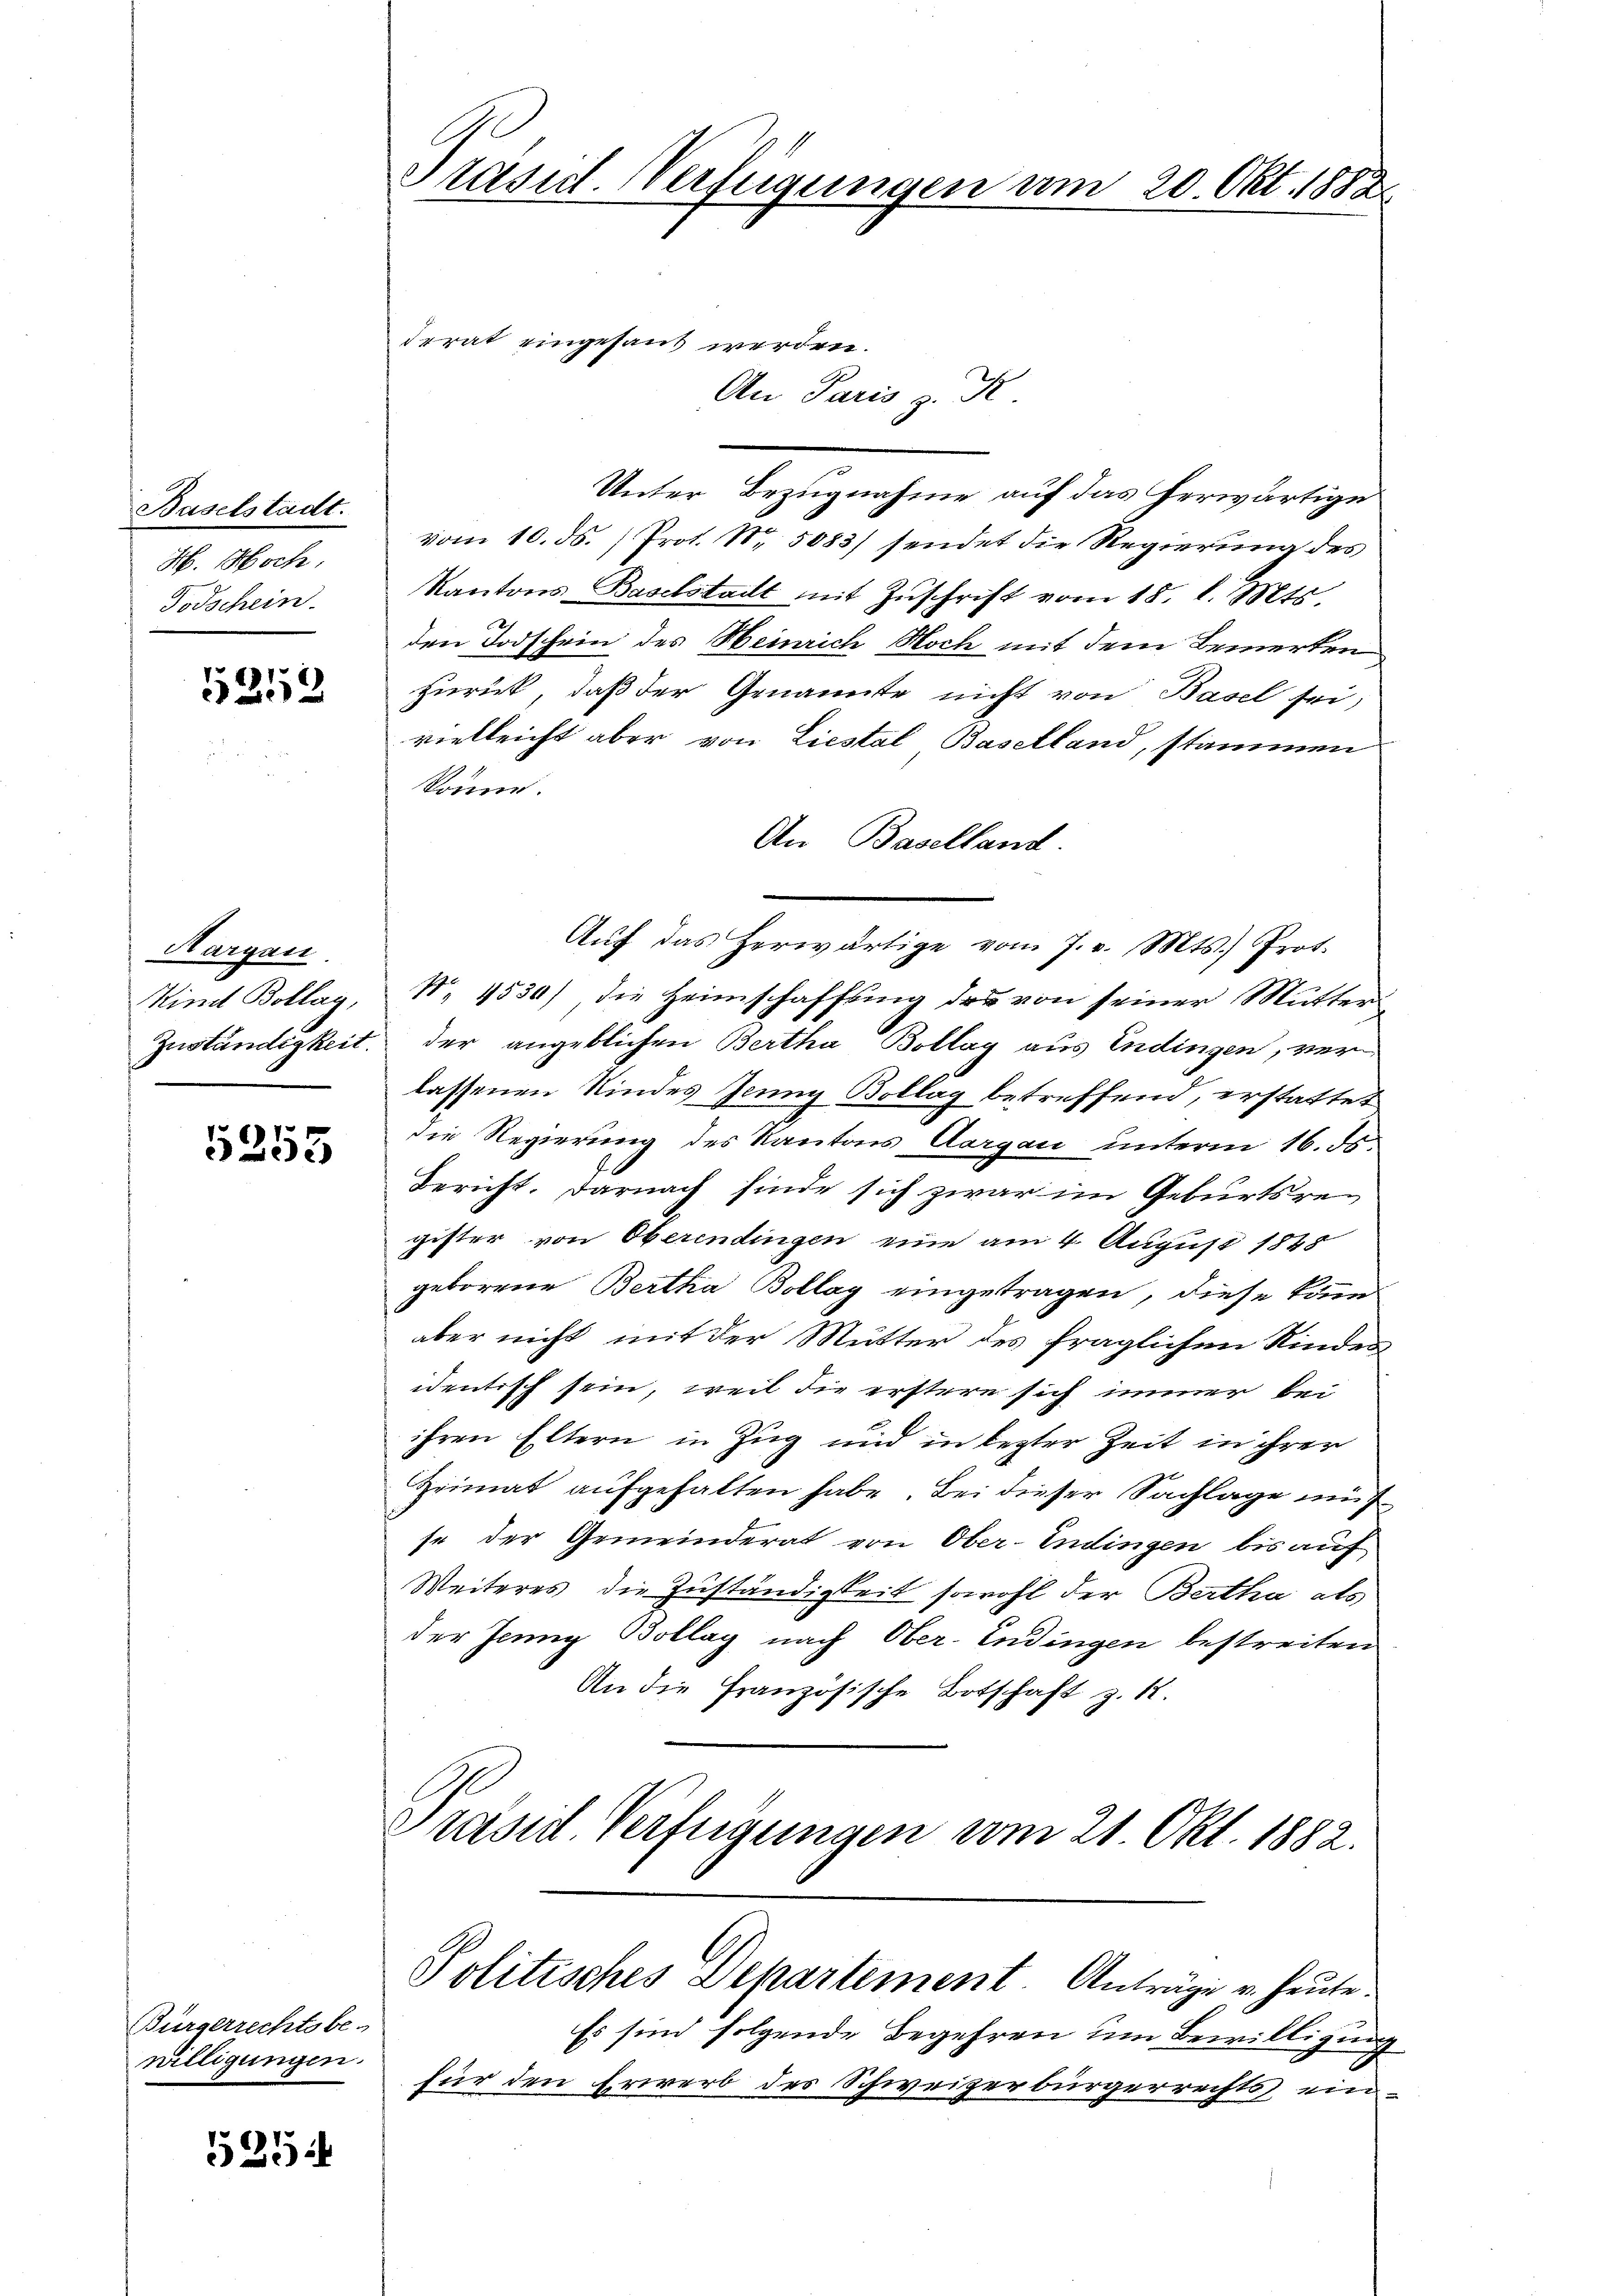
Baselstadt.
H. Hoch
Todschein

5353

Margau.

5355

Bürgerrechtsbe-
willigungen.

525

Irrat eingesant werden.
An Paris z. R
Unter Bezugnahme auf das herwärtige
vom 10. ds. Prot. Nr. 5083/ sendet die Regierung des
Kantons Baselstadt mit Zuschrift vom 18. l. Mts.
den Todschein des Heinrich Noch mit dem Bemerken
zurück, daß der Genannte nicht von Basel sei,
vielleicht aber von Liestal, Baselland, stammen
könne.
An Baselland.
Aŭf das herwärtige vom 7. v. Mts.) Prot.
Kind Bollag, No 1530) die Heimschaffung des von seiner Mutter
Zuständigkeit der angeblichen Bertha Bollag aus Endingen, verlassenen Kindes Jenny Bollag betreffend, erstattet
die Regierung des Kantons Aargau unterm 16. ds.
Bericht. Darnach finde sich zwar im Geburtsrei
gister von Oberendingen eine am 4. August 1848
geborene Bertha Bollag eingetragen, diese könn
aber nicht mit der Mutter des fraglichen Kinder
identisch sein, weil die erstere sich immer bei
ihren Eltern in Zug und in lezter Zeit in ihrer
Heimat aufgehalten habe. Bei dieser Sachlage muß
se der Gemeinderat von Ober-Endingen bis auf
Weiteres, die Zuständigkeit sowohl der Bertha als
der Jenny Bollay nach Ober-Endingen bestreiten
An die Französische Botschaft z. K.
Präsid. Verfügungen vom 21. Okt. 1882.
Politisches Departement. Anträge u. heute.
Es sind folgende Begehren um Bewilligung
für den Erwerb des Schweizerbürgerrechts ein¬

Präsid. Verfügungen am 20. Okt. 1882